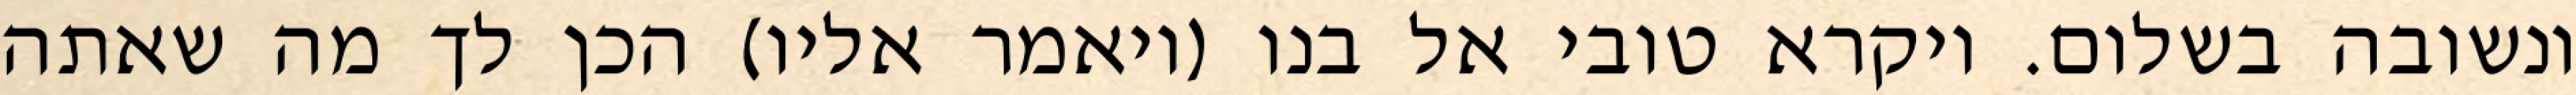
ונשובה בשלום. ויקרא טובי אל בנו (ויאמר אליו) הכן לך מה שאתה